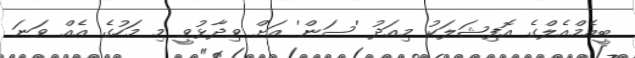
ބީއެމްއެލްގެ އޮފިޝަލަކު މިއަދު 'ސަން' އަށް ވިދާޅުވީ މި މަހުގެ އެެއް ވަނަ